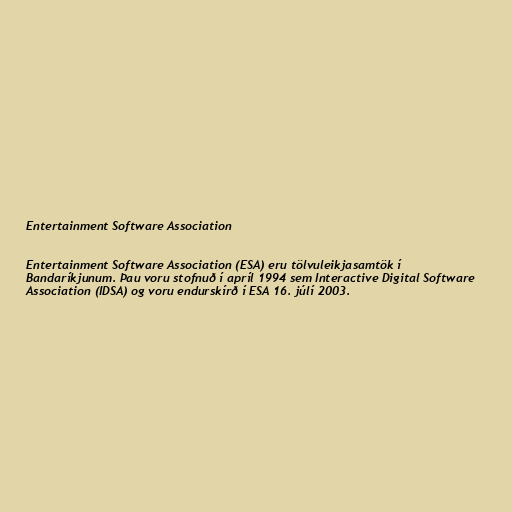
Entertainment Software Association

Entertainment Software Association (ESA) eru tölvuleikjasamtök í
Bandaríkjunum. Þau voru stofnuð í apríl 1994 sem Interactive Digital Software
Association (IDSA) og voru endurskírð í ESA 16. júlí 2003.